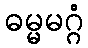
ဓမ္မမဂ္ဂံ